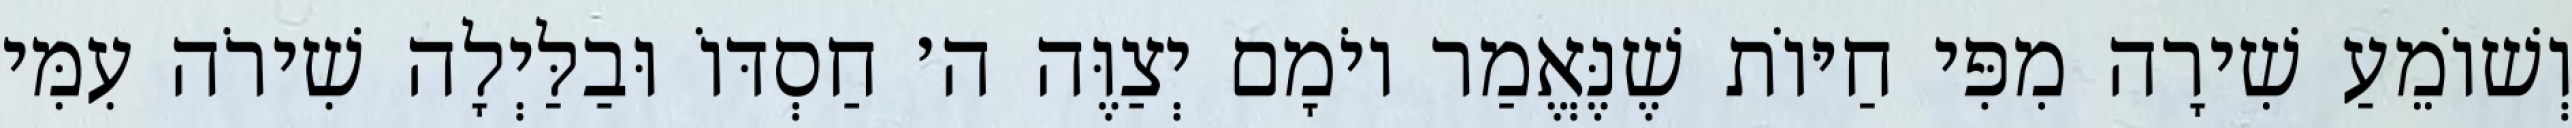
וְשׁוֹמֵעַ שִׁירָה מִפִּי חַיּוֹת שֶׁנֶּאֱמַר יוֹמָם יְצַוֶּה ה׳ חַסְדּוֹ וּבַלַּיְלָה שִׁירֹה עִמִּי